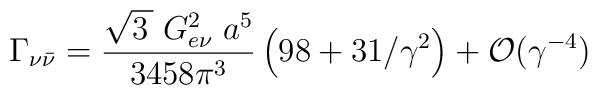
\Gamma_{\nu {\bar \nu}}=\frac{\sqrt{3\,} \; G_{e\nu}^2\;a^5 }{3458 \pi^3} \left( 98 + 31/\gamma^2\right) + {\cal O} (\gamma^{-4})\;